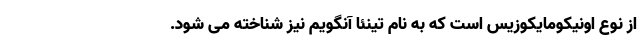
از نوع اونیکومایکوزیس است که به نام تینئا آنگویم نیز شناخته می شود.